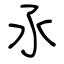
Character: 氶